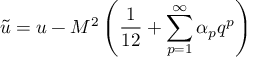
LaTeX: \tilde { u } = u - M ^ { 2 } \left( \frac { 1 } { 1 2 } + \sum _ { p = 1 } ^ { \infty } \alpha _ { p } q ^ { p } \right)